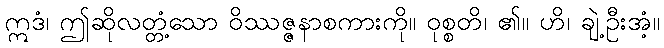
ဣဒံ၊ ဤဆိုလတ္တံ့သော ဝိဿဇ္ဇနာစကားကို။ ဝုစ္စတိ၊ ၏။ ဟိ၊ ချဲ့ဦးအံ့။